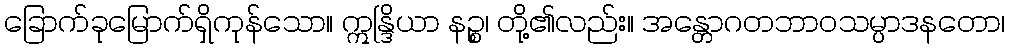
ခြောက်ခုမြောက်ရှိကုန်သော။ ဣန္ဒြိယာ နဉ္စ၊ တို့၏လည်း။ အန္တောဂတဘာဝသမ္ပာဒနတော၊